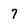
Character: 7